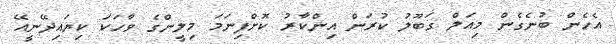
އެހެން ބުނެގެން މިއަލް ގަބޫލު ކުރަން އިންކާރު ކޮށްފިނަމަ މިލީންގެ ވާހަކަ ކިޔައިދޭނީއޭ